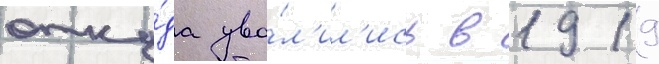
отку́да уво́л'ил'ись в 1919